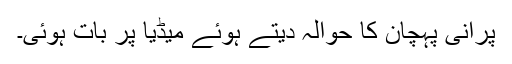
پرانی پہچان کا حوالہ دیتے ہوئے میڈیا پر بات ہوئی۔